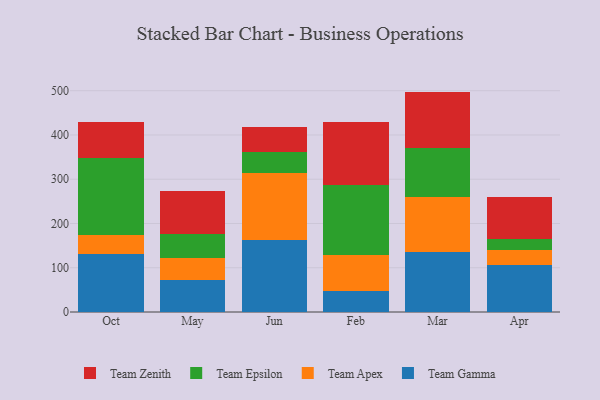
{"axis": {"x": "Month", "y": "Demand Index"}, "legend": ["Team Apex", "Team Epsilon", "Team Gamma", "Team Zenith"], "data": [{"x": "Oct", "y": 132.1, "type": "Team Gamma"}, {"x": "Oct", "y": 42.0, "type": "Team Apex"}, {"x": "Oct", "y": 173.0, "type": "Team Epsilon"}, {"x": "Oct", "y": 82.8, "type": "Team Zenith"}, {"x": "May", "y": 71.2, "type": "Team Gamma"}, {"x": "May", "y": 50.0, "type": "Team Apex"}, {"x": "May", "y": 54.2, "type": "Team Epsilon"}, {"x": "May", "y": 98.0, "type": "Team Zenith"}, {"x": "Jun", "y": 161.7, "type": "Team Gamma"}, {"x": "Jun", "y": 152.9, "type": "Team Apex"}, {"x": "Jun", "y": 46.0, "type": "Team Epsilon"}, {"x": "Jun", "y": 56.9, "type": "Team Zenith"}, {"x": "Feb", "y": 47.5, "type": "Team Gamma"}, {"x": "Feb", "y": 82.3, "type": "Team Apex"}, {"x": "Feb", "y": 158.1, "type": "Team Epsilon"}, {"x": "Feb", "y": 141.6, "type": "Team Zenith"}, {"x": "Mar", "y": 135.7, "type": "Team Gamma"}, {"x": "Mar", "y": 124.6, "type": "Team Apex"}, {"x": "Mar", "y": 109.2, "type": "Team Epsilon"}, {"x": "Mar", "y": 128.5, "type": "Team Zenith"}, {"x": "Apr", "y": 106.0, "type": "Team Gamma"}, {"x": "Apr", "y": 34.6, "type": "Team Apex"}, {"x": "Apr", "y": 24.0, "type": "Team Epsilon"}, {"x": "Apr", "y": 94.9, "type": "Team Zenith"}]}